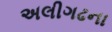
અલીગઢના